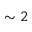
\sim 2